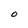
Character: 0